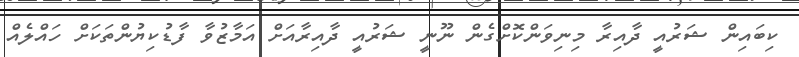
ކިބައިން ޝަރުއީ ދާއިރާ މިނިވަންކޮށްގެން ނޫނީ ޝަރުއީ ދާއިރާއަށް އަމާޒުވާ ފާޑުކިޔުންތަކަށް ހައްލެއް